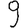
Digit: 9